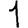
Digit: 1